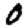
Digit: 0